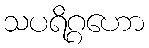
သပရိဂ္ဂဟော